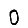
Digit: 0